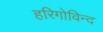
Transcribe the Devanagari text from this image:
हरिगोविन्द